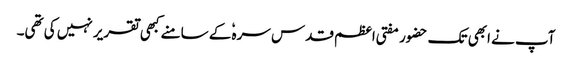
آپ نے ابھی تک حضور مفتی اعظم قدس سرہٗ کے سامنے کبھی تقریر نہیں کی تھی۔